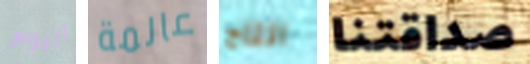
اليوم عالمة انتاج صداقتنا